38_143685_box_Incident_Summaries_101-172
Agency: Department of War
Page 140
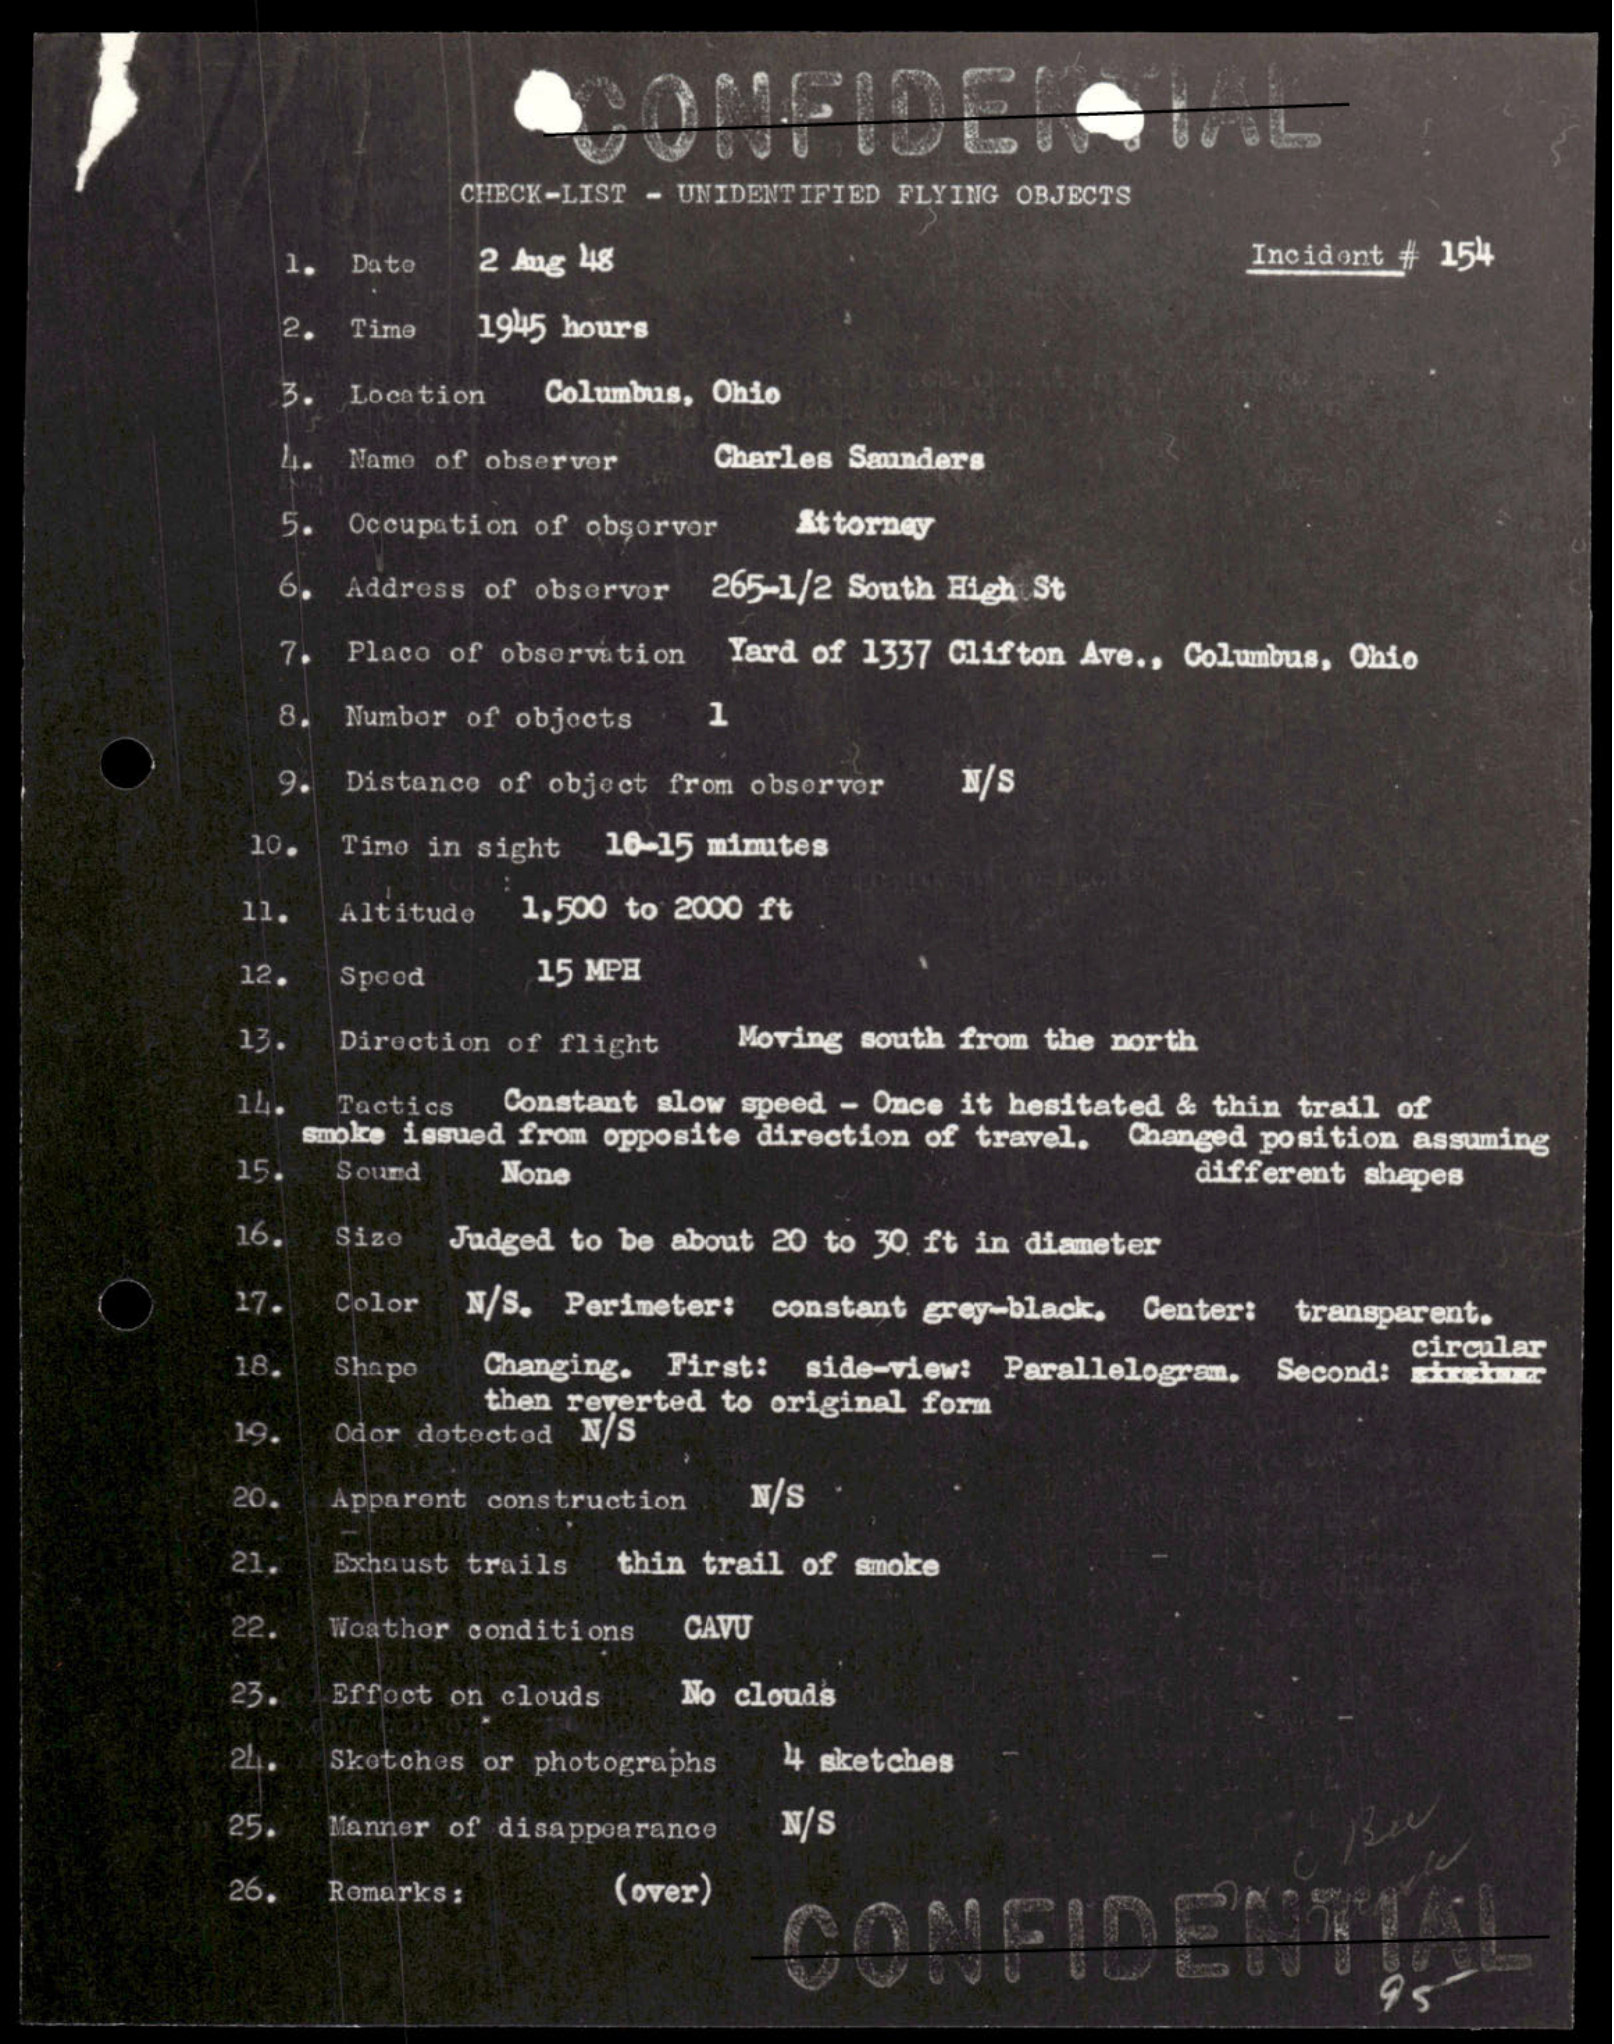